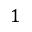
1